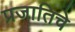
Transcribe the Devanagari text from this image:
प्रजातिचे